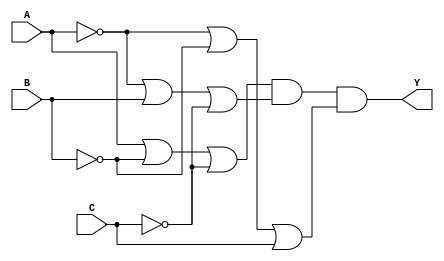
module pos_simplification (
    input wire A,  // Input A
    input wire B,  // Input B
    input wire C,  // Input C
    output wire Y  // Output Y
);

// Intermediate signals for sum terms
wire sum_term1; // Represents (A + B' + C')
wire sum_term2; // Represents (A' + B + C')
wire sum_term3; // Represents (A' + B' + C)

// Create the sum terms using OR gates
assign sum_term1 = A | (~B) | (~C); // A + B' + C'
assign sum_term2 = (~A) | B | (~C); // A' + B + C'
assign sum_term3 = (~A) | (~B) | C; // A' + B' + C

// Final output Y is the AND of all sum terms
assign Y = sum_term1 & sum_term2 & sum_term3; // (A + B' + C') * (A' + B + C') * (A' + B' + C)

endmodule